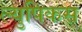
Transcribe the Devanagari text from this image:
ल्युपिकस